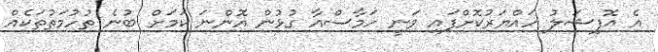
އެ އޮފިޝަލު ހައްޔަރުކޮށްފައި ވަނީ ހަމާސްއާ ގުޅުން އޮންނަ ކަމަށް ބުނެ ތުހުމަތުތަކެއް